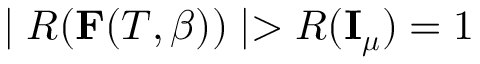
\mid R ( { \bf F } ( T , \beta ) ) \mid > R ( { \bf I _ { \boldsymbol \mu } } ) = 1